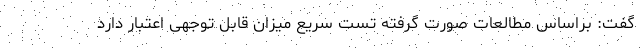
گفت: براساس مطالعات صورت گرفته تست سریع میزان قابل توجهی اعتبار دارد